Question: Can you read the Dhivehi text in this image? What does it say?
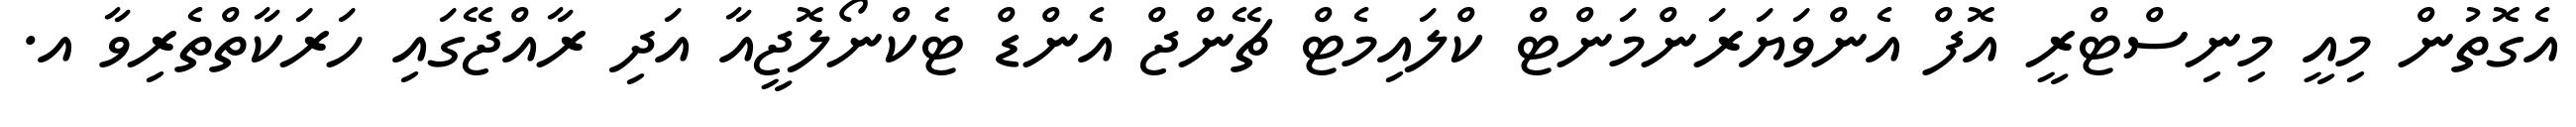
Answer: އެގޮތުން މިއީ މިނިސްޓްރީ އޮފް އެންވަޔަރަންމަންޓް ކްލައިމެޓް ޗޭންޖް އެންޑް ޓެކްނޯލޮޖީއާ އަދި ރާއްޖޭގައި ހަރަކާތްތެރިވާ އ.